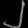
Digit: ၂